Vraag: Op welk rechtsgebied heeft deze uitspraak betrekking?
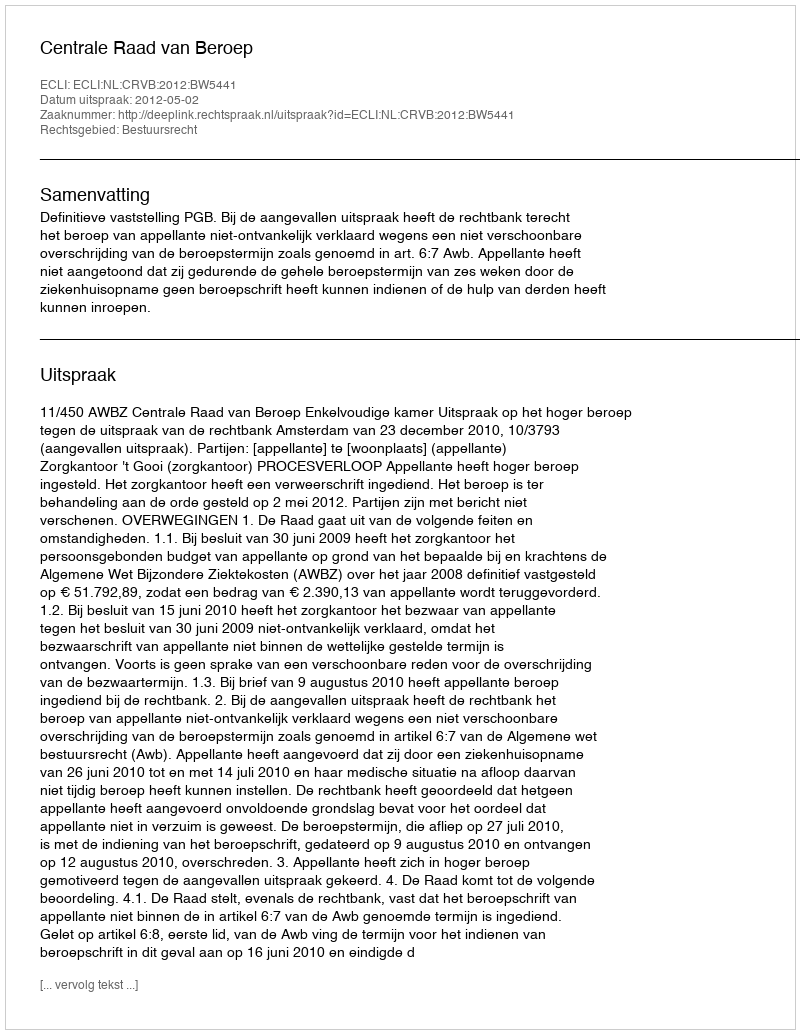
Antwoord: Bestuursrecht